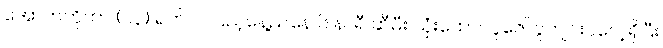
အောက်တိုဘာ (၁၃) ရက် လပြည့်နေ့ညနေ ၆ နာရီ ဆီမီး သုံးထောင်ပူဇော်ပွဲကျင်းပလေ့ရှိပြီး